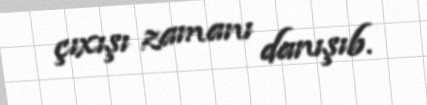
çıxışı zamanı danışıb.